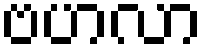
ဗဟလာ